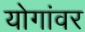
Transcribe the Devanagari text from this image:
योगांवर